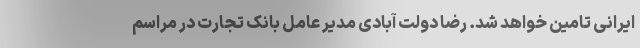
ایرانی تامین خواهد شد. رضا دولت آبادی مدیر عامل بانک تجارت در مراسم